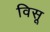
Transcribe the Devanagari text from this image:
विसू